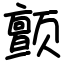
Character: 颤